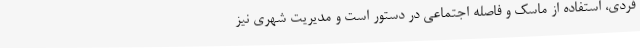
فردی، استفاده از ماسک و فاصله اجتماعی در دستور است و مدیریت شهری نیز